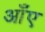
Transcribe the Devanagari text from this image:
आँए